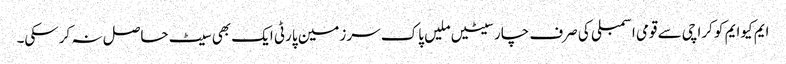
ایم کیوایم کو کراچی سے قومی اسمبلی کی صرف چارسیٹیں ملیں پاک سرزمین پارٹی ایک بھی سیٹ حاصل نہ کرسکی۔